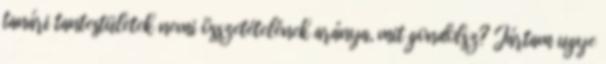
tanári tantestületek nemi összetételének aránya, mit gondolsz? Jártam ugye